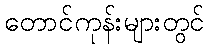
တောင်ကုန်းများတွင်